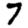
Digit: 7